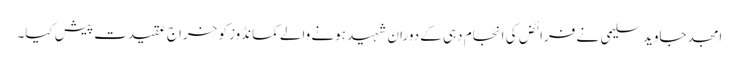
امجد جاوید سلیمی نے فرائض کی انجام دہی کے دوران شہید ہونے والے کمانڈوز کو خراج عقیدت پیش کیا۔